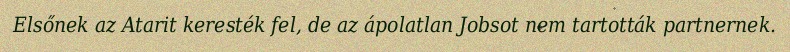
Elsőnek az Atarit keresték fel, de az ápolatlan Jobsot nem tartották partnernek.